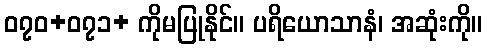
၀၇၀+၀၇၁+ ကိုမပြုနိုင်။ ပရိယောသာနံ၊ အဆုံးကို။